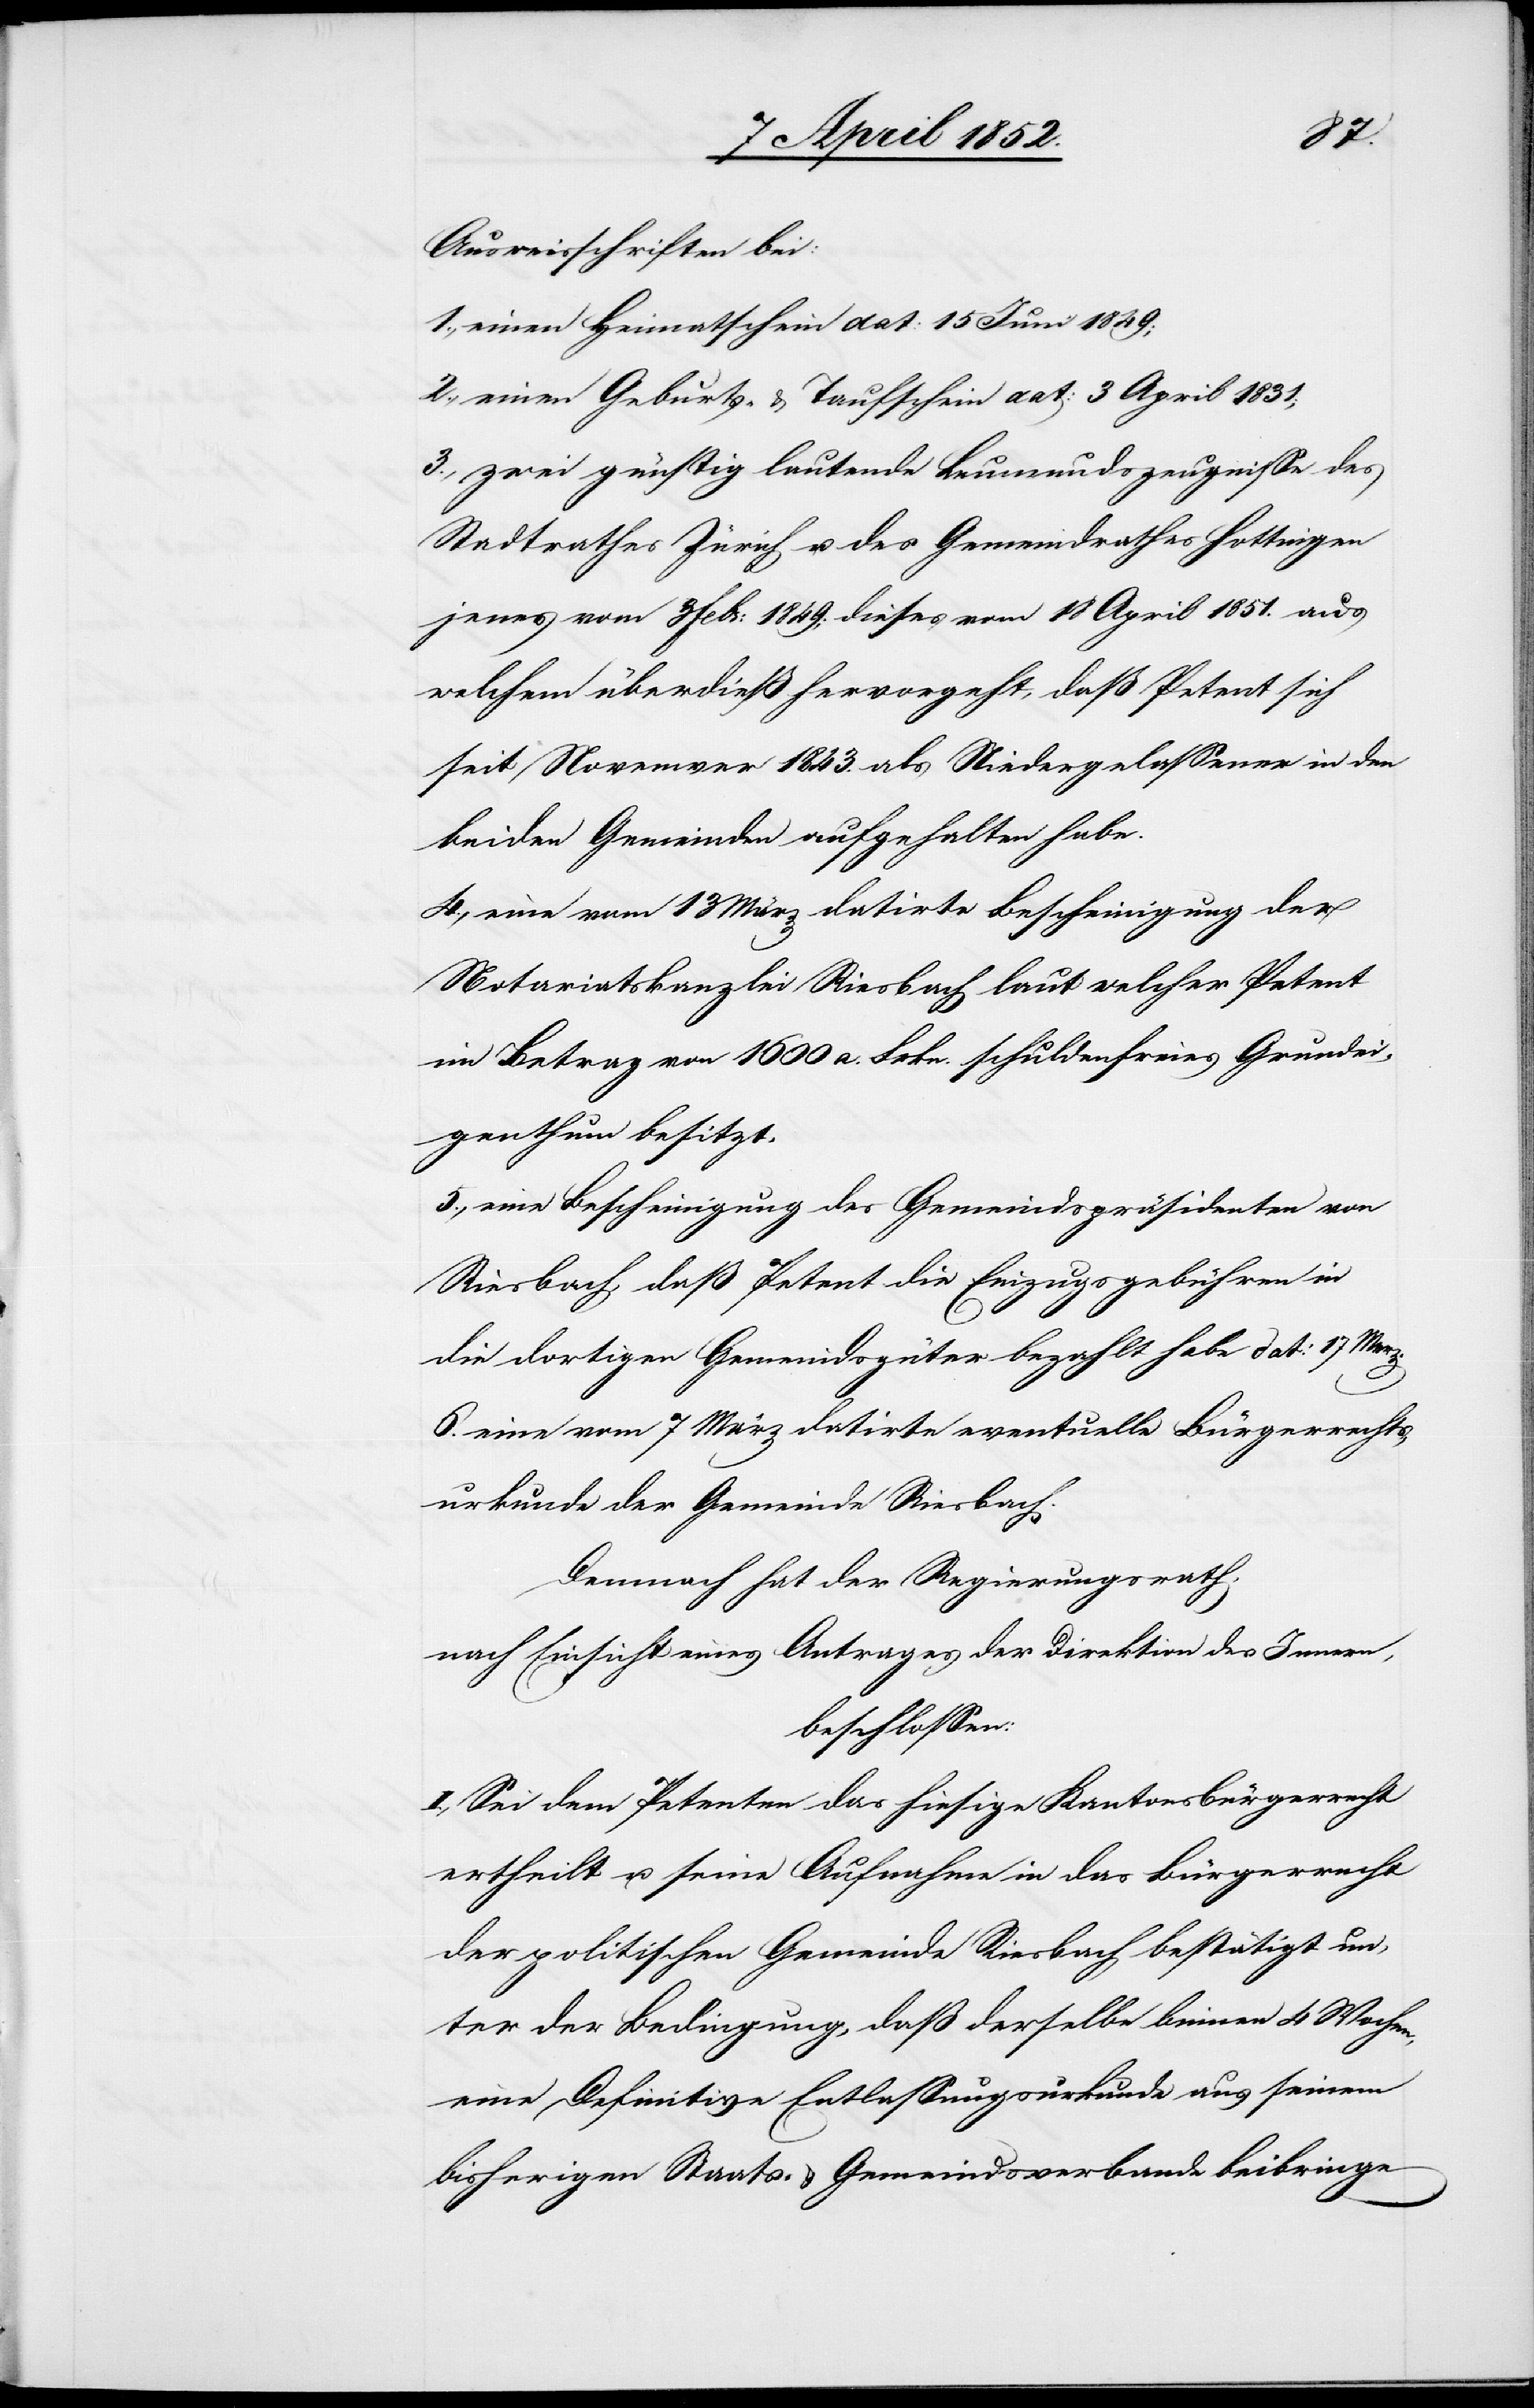
Ausweisschriften bei:
1., einen Heimatschein dat: 15 Juni 1849;
2., einen Geburts- & Taufschein dat: 3 April 1831;
3., zwei günstig lautende Leumundszeugnisse des
Stadtrathes Zürich u. des Gemeindrathes Hottingen
jenes vom 3 Febr: 1849; dieses vom 18 April 1851. aus
welchem überdieß hervorgeht, daß Petent sich
seit Novemver [sic!] 1843. als Niedergelassener in den
beiden Gemeinden aufgehalten habe.
4., eine vom 13 März datirte Bescheinigung der
Notariatskanzlei Riesbach laut welcher Petent
im Betrag von 1600 a. Frkn. schuldenfreies Grundei¬
genthum besitzt.
5., eine Bescheinigung des Gemeindspräsidenten von
Riesbach, daß Petent die Einzugsgebühren in
die dortigen Gemeindsgüter bezahlt habe dat: 17 Merz.
6. eine vom 7 März datirte eventuelle Bürgerrechts¬
urkunde der Gemeinde Riesbach.
Demnach hat der Regierungsrath,
nach Einsicht eines Antrages der Direktion des Innern,
beschlossen:
I., Sei dem Petenten das hiesige Kantonsbürgerrecht
ertheilt u. seine Aufnahme in das Bürgerrecht
der politischen Gemeinde Riesbach bestätigt un¬
ter der Bedingung, daß derselbe binnen 4 Wochen,
eine Definitive Entlassungsurkunde aus seinem
bisherigen Staats- & Gemeindsverbande beibringe